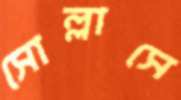
সোল্লাসে